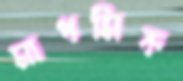
মাধমিক